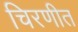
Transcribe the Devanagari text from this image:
चिरणीत